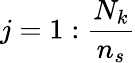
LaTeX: j=1:\frac{N_{k}}{n_{s}}